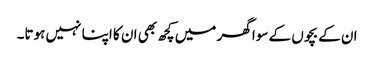
ان کے بچوں کے سوا گھر میں کچھ بھی ان کا اپنا نہیں ہوتا۔